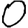
Digit: 0